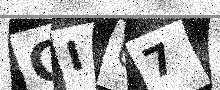
Text: GIU7